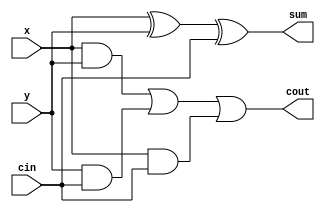
module fa(x,y,cin,sum,cout);
input x,y,cin;
output sum,cout;

assign sum = x ^ y ^ cin;
assign cout = x&y | y&cin | x&cin;
endmodule